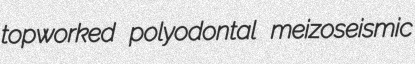
topworked polyodontal meizoseismic